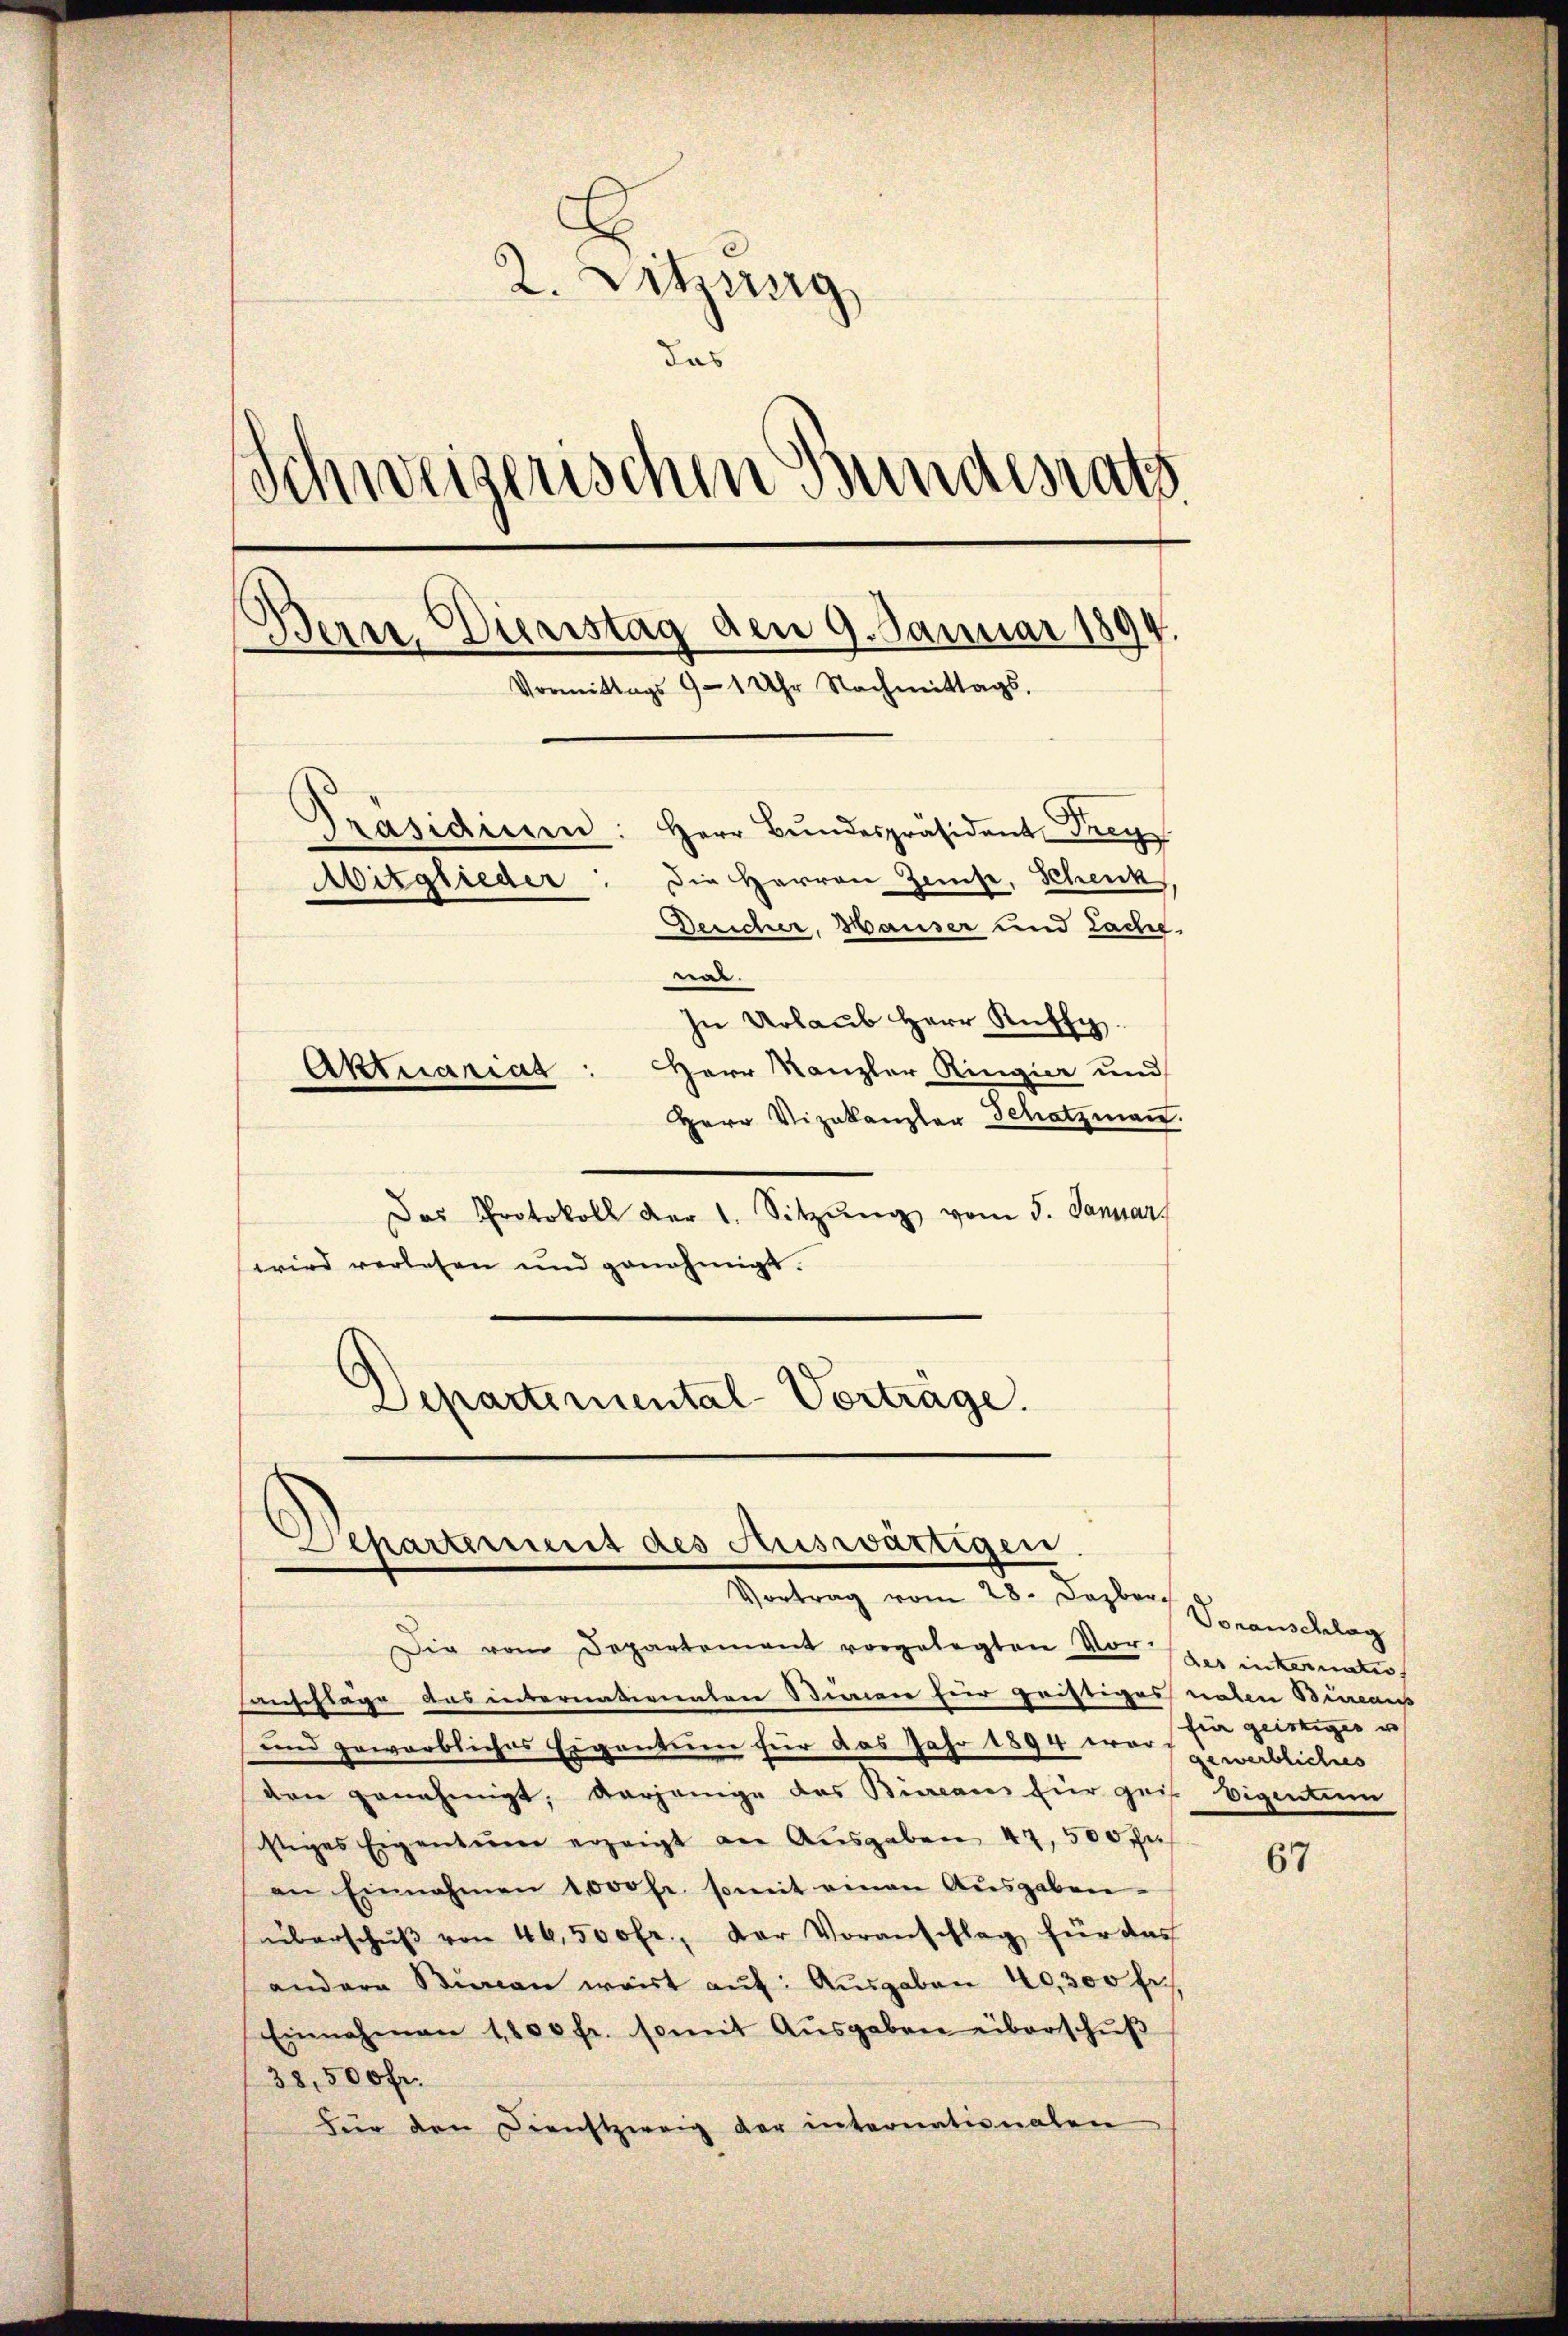
2. Sitzung
das
Schweizerischen Bundesrath
Bern. Dienstag den 9. Januar 1894.
Vormittags 9 - 1 Uhr Nachmittags,
Präsidium: Herr Bŭndespräsident Frey
Die Herren Zinse, Schenk,
Mitglieder
Dericher, Hauser und Lache.
.
In Urlaub Herr Ruffy.
Herr Kanzler Ringier und
Aktuariat
Herr Vizekanzler Schatzman

Das Protokoll der 1. Sitzŭng vom 5. Januar
wird verlesen und genehmigt.
Departemental-Vorträge.

Departement des Auswärtigen
Vortrag vom 28. Dezbr.

Die vom Departement vorgelegten Vor der inkonnte.
anschläge das internaterinten Stimmer hier geistiges naten Bureau
und gewerbliches Eigentum für das Jahr 1894 war gewerbliches
den genehmigt, derjenige das Büreaus für geis
istiges Eigentum erzeigt an Aŭsgaben 47. 500 fr
an Einnahmen 1000 Fr. somit einen Aŭsgaben-
überschŭβ von 46,500 fr., der Voranschlag für das
andere Stimen wart auf: Ausgaben 40,300 fr.
Einnahmen 1800 fr. somit Aŭsgaben überschŭβ
38,500 fr.
für den Dienstzweig der internationalen

Voranschlag
für geistiges u
Eigentie

67